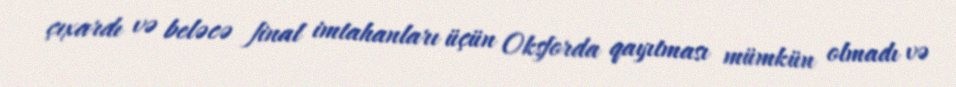
çıxardı və beləcə final imtahanları üçün Oksforda qayıtması mümkün olmadı və